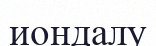
иондалу